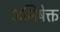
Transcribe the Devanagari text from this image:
अभिषेक्त